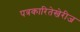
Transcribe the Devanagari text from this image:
पत्रकारितेखेरीज